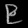
Digit: ၉